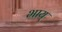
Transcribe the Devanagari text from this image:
भाय्